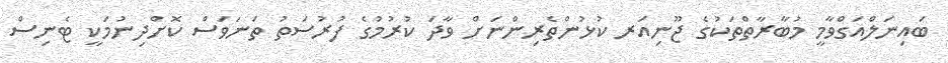
ބައިނަލްއަގްވާމީ މުބާރާތްތަކުގެ ޖޫނިއަރ ކުޅުންތެރިންނަށް ވާދަ ކުރުމުގެ ފުރުސަތު ތަނަވަސް ކޮށްދިނުމަކީ ޓެނިސް